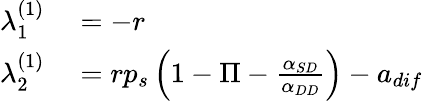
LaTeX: \begin{array}{rl}{\lambda_{1}^{(1)}}&{{}=-r}\\ {\lambda_{2}^{(1)}}&{{}=rp_{s}\left(1-\Pi-\frac{\alpha_{SD}}{\alpha_{DD}}\right)-a_{dif}}\end{array}